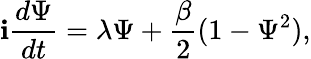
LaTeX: \mathbf{i}{\frac{{d\Psi}}{{dt}}}=\lambda\Psi+{\frac{{\beta}}{{2}}}(1-\Psi^{2}),